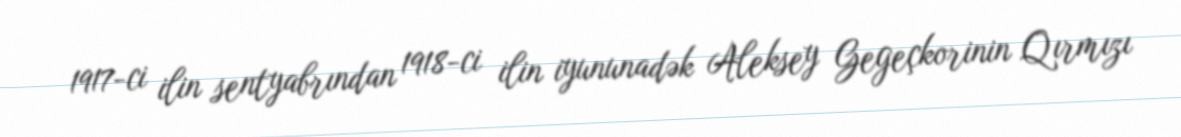
1917-ci ilin sentyabrından 1918-ci ilin iyununadək Aleksey Gegeçkorinin Qırmızı